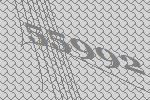
55992